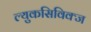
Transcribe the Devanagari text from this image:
ल्युकसिविक्ज